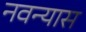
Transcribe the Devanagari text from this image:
नवन्यास